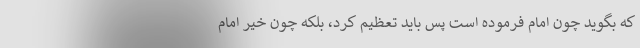
که بگوید چون امام فرموده است پس باید تعظیم کرد، بلکه چون خیر امام